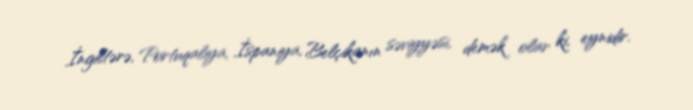
İngiltərə, Portuqaliya, İspaniya, Belçikanın səviyyəsi, demək olar ki, eynidir.